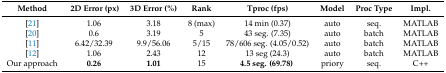
| Method | 2D Error (px) | 3D Error (%) | Rank | Tproc (fps) | Model | Proc Type | Impl. |
 | --- | --- | --- | --- | --- | --- | --- | --- |
 | [21] | 1.06 | 3.18 | 8 (max) | 14 min (0.37) | auto | seq. | MATLAB |
 | [20] | 0.6 | 3.19 | 5 | 43 seg. (7.35) | auto | batch | MATLAB |
 | [11] | 6.42/32.39 | 9.9/56.06 | 5/15 | 78/606 seg. (4.05/0.52) | auto | batch | MATLAB |
 | [12] | 1.06 | 2.43 | 12 | 13 seg (24.3) | auto | batch | MATLAB |
 | Our approach | 0.26 | 1.01 | 15 | 4.5 seg. (69.78) | priory | seq. | C++ |